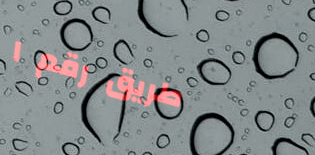
طريق رقم ١